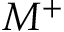
M ^ { + }